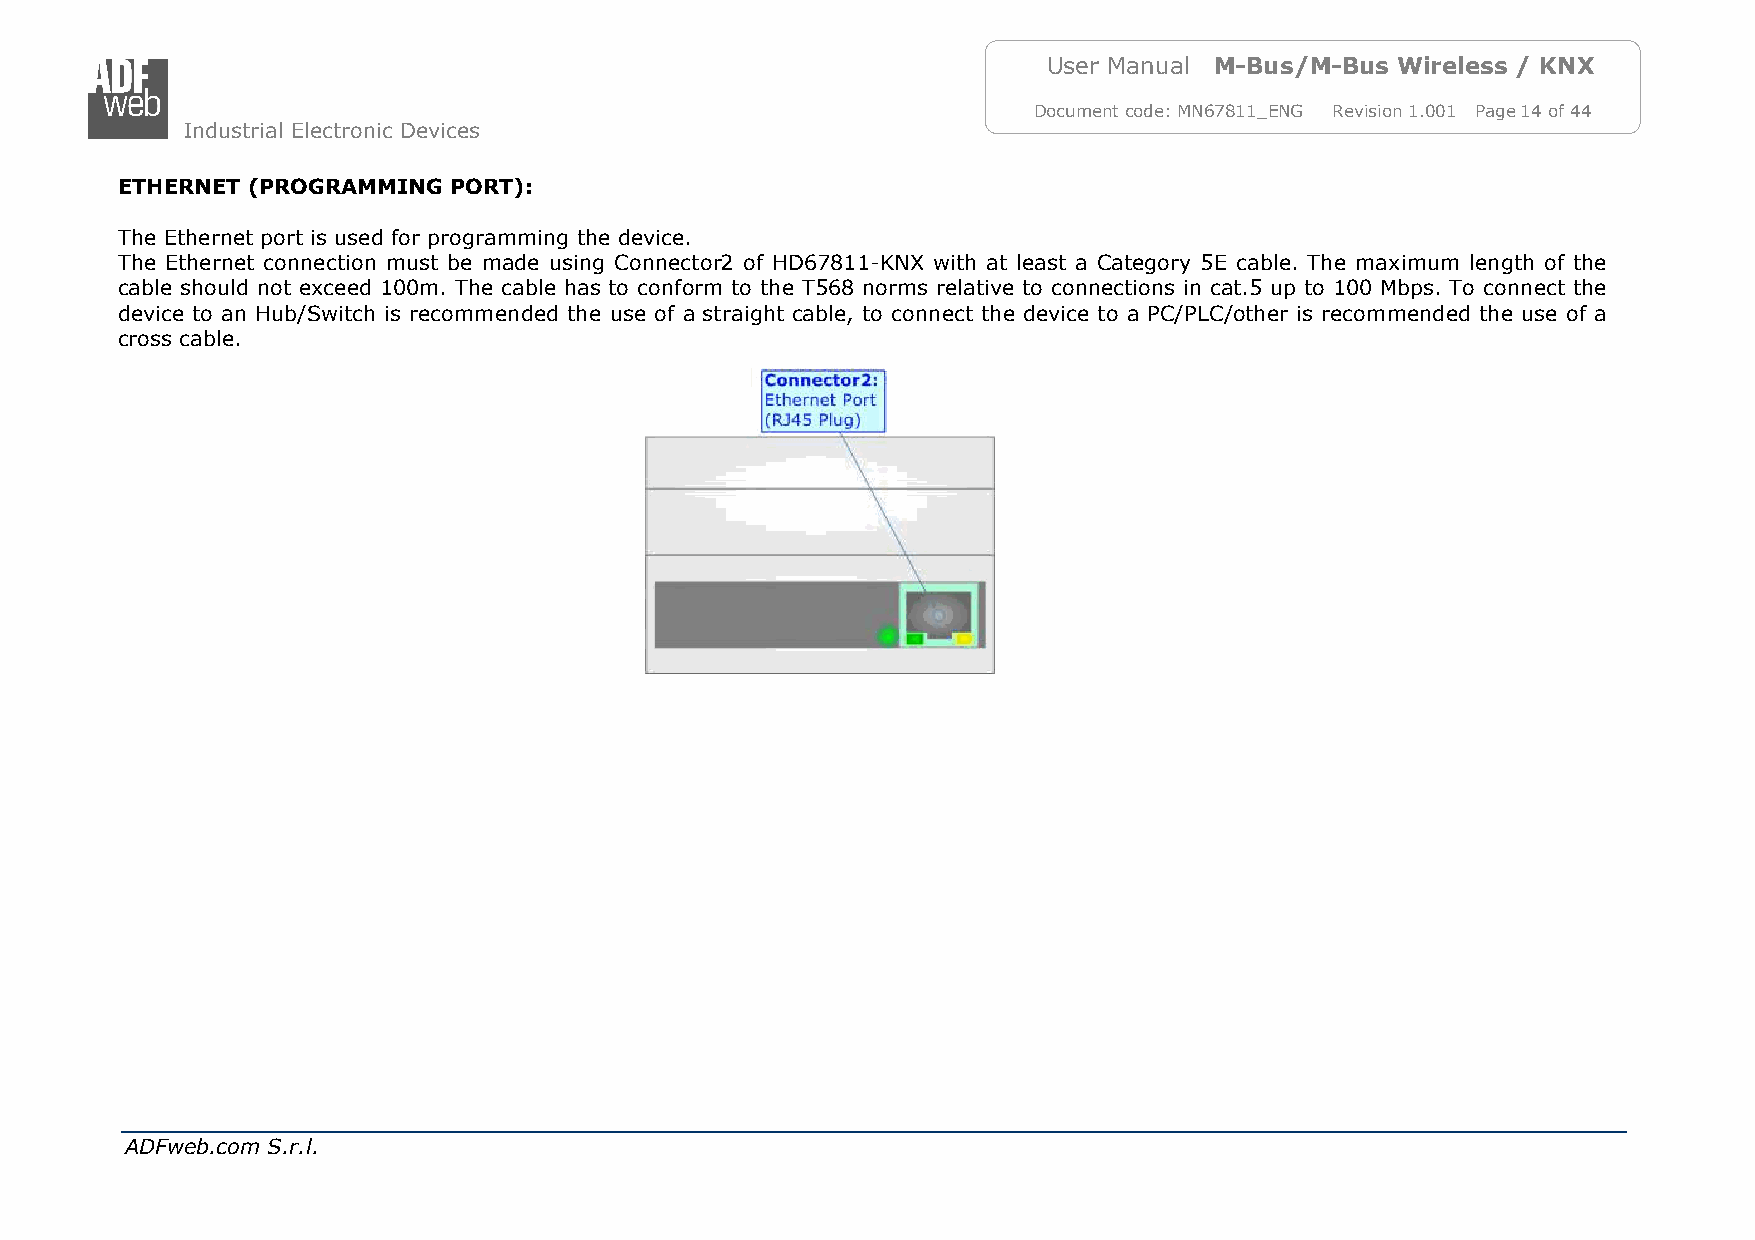
User Manual M-Bus/M-Bus Wireless / KNX
 Document code: MN67811_ENG Revision 1.001 Page 14 of 44
 Industrial Electronic Devices
 ETHERNET (PROGRAMMING PORT):
 The Ethernet port is used for programming the device.
 The Ethernet connection must be made using Connector2 of HD67811-KNX with at least a Category 5E cable. The maximum length of the
 cable should not exceed 100m. The cable has to conform to the T568 norms relative to connections in cat.5 up to 100 Mbps. To connect the
 device to an Hub/Switch is recommended the use of a straight cable, to connect the device to a PC/PLC/other is recommended the use of a
 cross cable.
 ADFweb.com S.r.l.